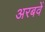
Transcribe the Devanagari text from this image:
अरबवें